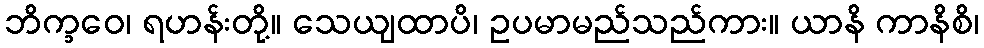
ဘိက္ခဝေ၊ ရဟန်းတို့။ သေယျထာပိ၊ ဥပမာမည်သည်ကား။ ယာနိ ကာနိစိ၊